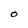
Character: O